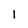
Character: l